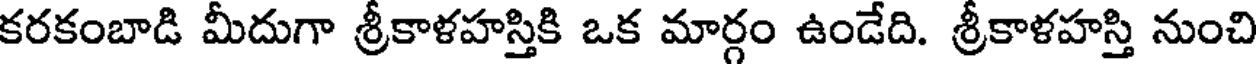
కరకంబాడి మీదుగా శ్రీకాళహస్తికి ఒక మార్గం ఉండేది. శ్రీకాళహస్తి నుంచి